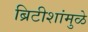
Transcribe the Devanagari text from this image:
ब्रिटीशांमुळे